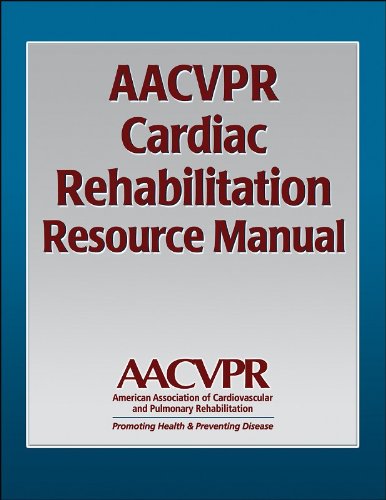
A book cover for AACVPR Cardiac Rehabilitation Resource Manual; AACVPR; Health, Fitness & Dieting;